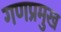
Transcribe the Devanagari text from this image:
गणप्रमुख